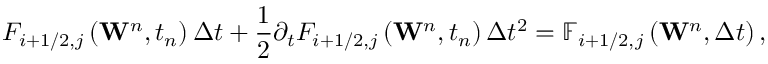
{ { F } _ { i + 1 / 2 , j } } \left( { { \mathbf { W } } ^ { n } } , { { t } _ { n } } \right) \Delta t + \frac { 1 } { 2 } { { \partial } _ { t } } { { F } _ { i + 1 / 2 , j } } \left( { { \mathbf { W } } ^ { n } } , { { t } _ { n } } \right) \Delta { { t } ^ { 2 } } = { { \mathbb { F } } _ { i + 1 / 2 , j } } \left( { { \mathbf { W } } ^ { n } } , \Delta t \right) ,